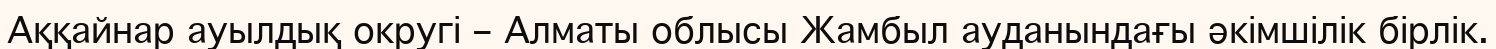
Аққайнар ауылдық округі – Алматы облысы Жамбыл ауданындағы әкімшілік бірлік.